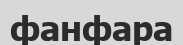
фанфара